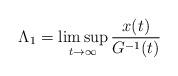
LaTeX: \begin{align*} \Lambda_1=\limsup_{t\to\infty} \frac{x(t)}{G^{-1}(t)}\end{align*}